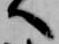
へ